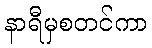
နာရီမှစတင်ကာ